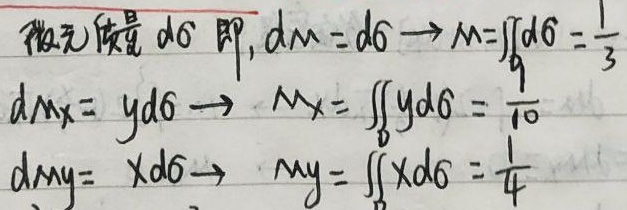
微元质量$d\sigma$即，$dm = d\sigma\to M=\iint_{D}d\sigma=\frac{1}{3}$

$dM_x = yd\sigma\to M_x=\iint_{D}yd\sigma=\frac{1}{10}$

$dM_y = xd\sigma\to M_y=\iint_{D}xd\sigma=\frac{1}{4}$